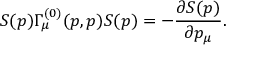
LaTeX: S ( p ) \Gamma _ { \mu } ^ { ( 0 ) } ( p , p ) S ( p ) = - \frac { \partial S ( p ) } { \partial p _ { \mu } } .